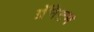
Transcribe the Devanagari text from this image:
ग्रॅनेटम